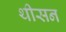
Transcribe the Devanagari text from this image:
थीसन